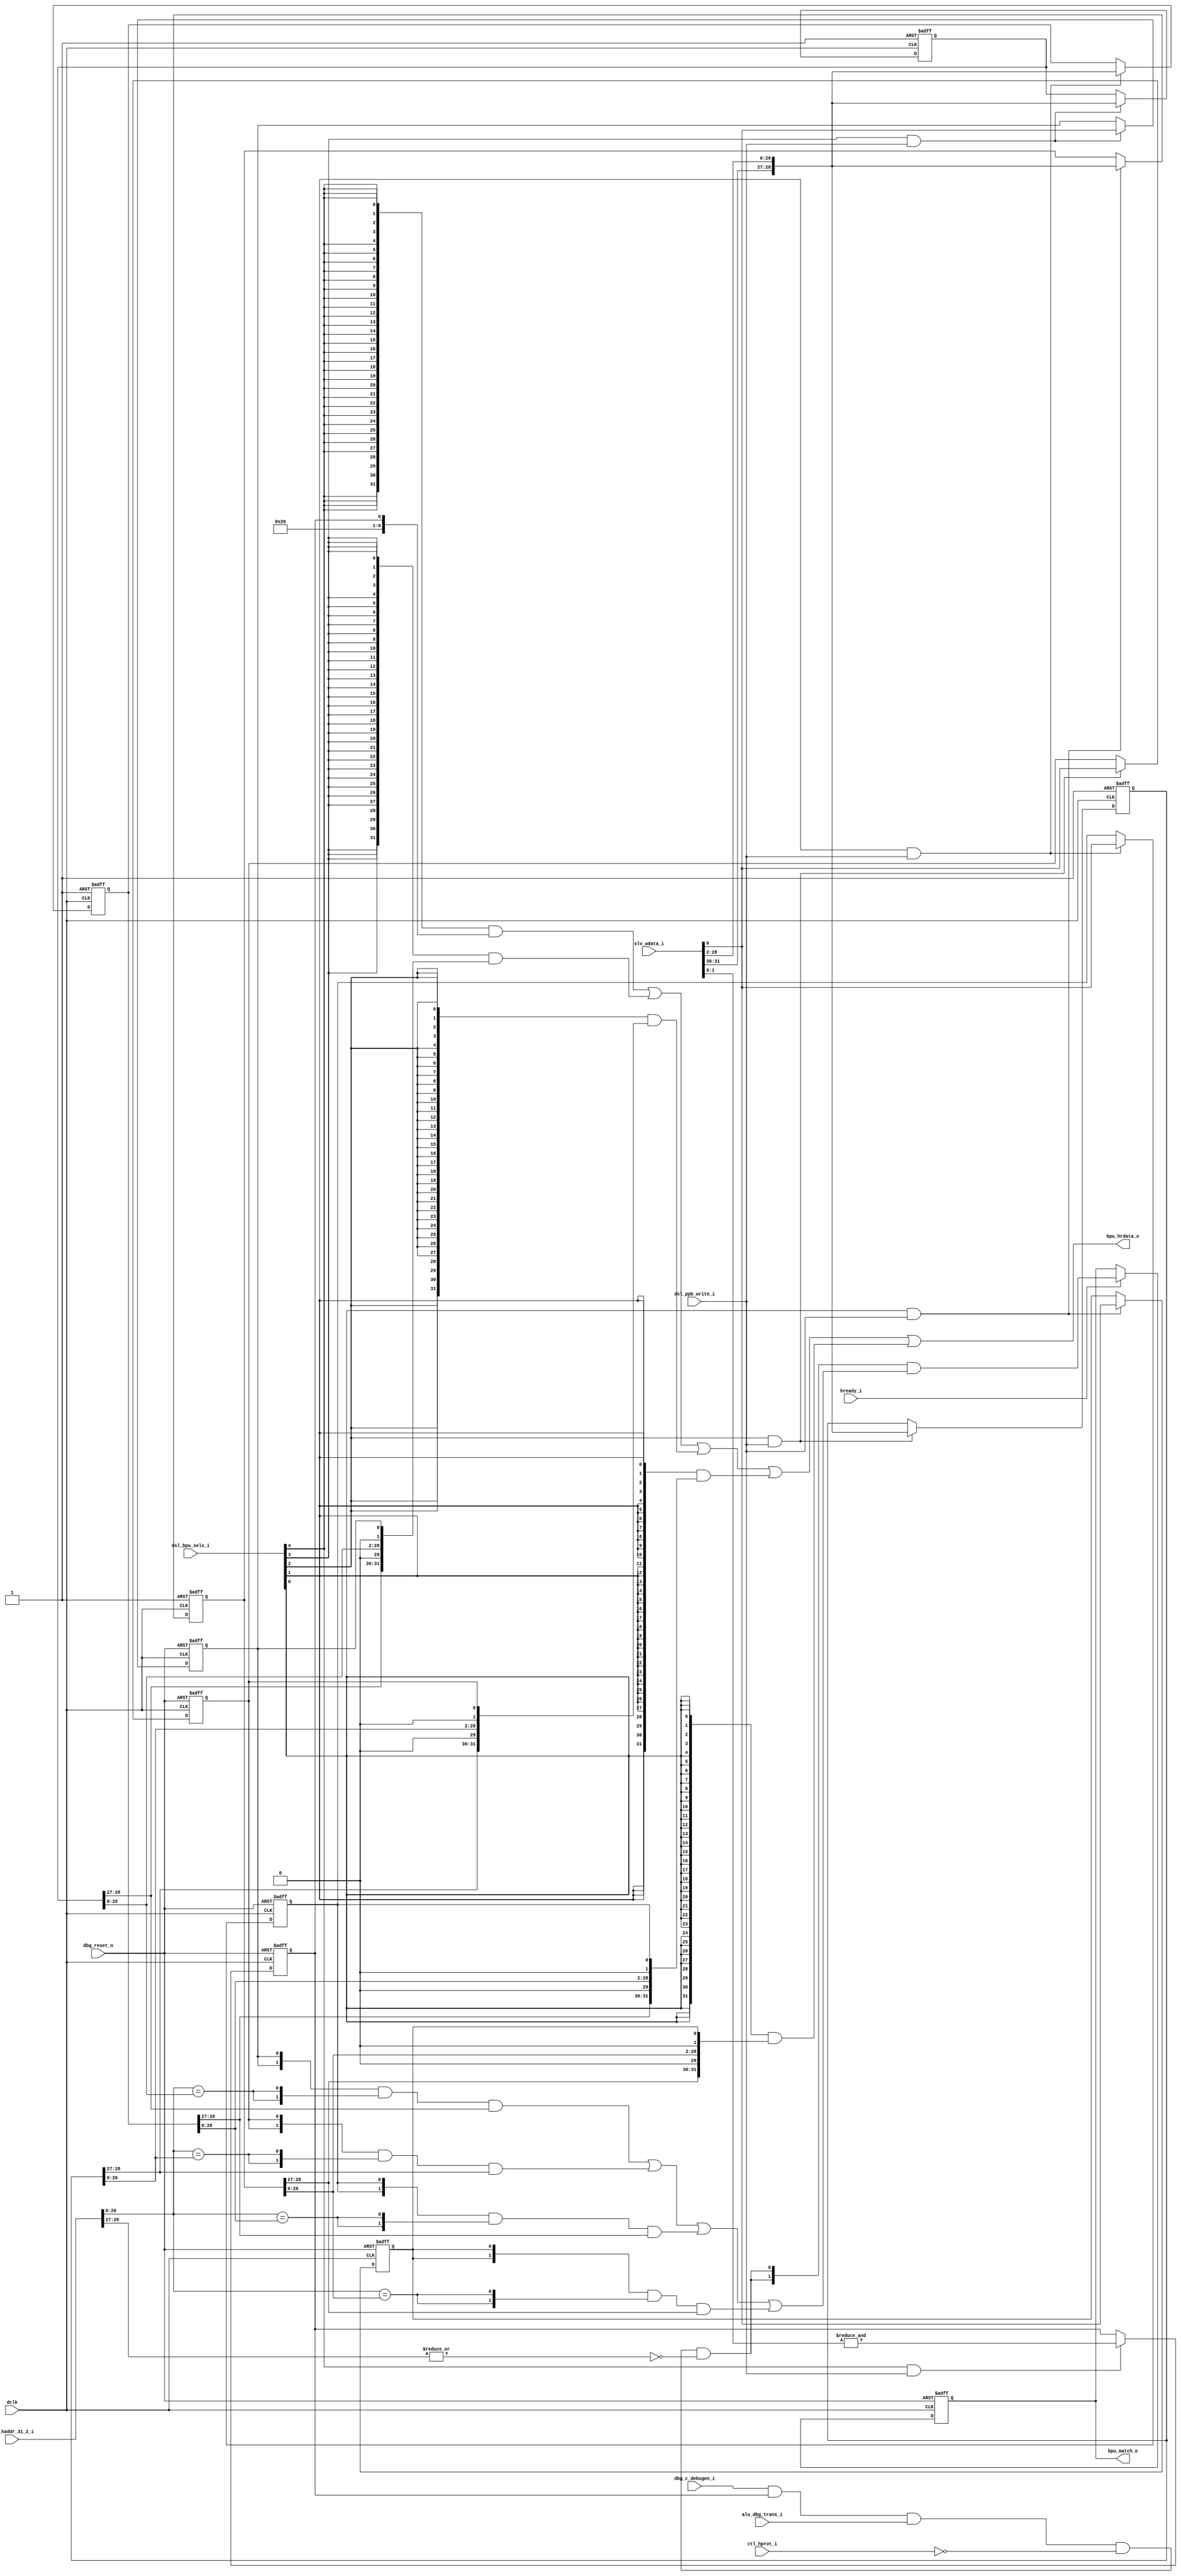
//-----------------------------------------------------------------------------
// The confidential and proprietary information contained in this file may
// only be used by a person authorised under and to the extent permitted
// by a subsisting licensing agreement from ARM Limited.
//
//            (C) COPYRIGHT 2008-2009 ARM Limited.
//                ALL RIGHTS RESERVED
//
// This entire notice must be reproduced on all copies of this file
// and copies of this file may only be made by a person if such person is
// permitted to do so under the terms of a subsisting license agreement
// from ARM Limited.
//
//      SVN Information
//
//      Checked In          : $Date: 2009-02-19 17:03:29 +0000 (Thu, 19 Feb 2009) $
//
//      Revision            : $Revision: 101513 $
//
//      Release Information : Cortex-M0-AT510-r0p0-00rel0
//-----------------------------------------------------------------------------

//-----------------------------------------------------------------------------
// CORTEX-M0 DEBUG BREAKPOINT UNIT
//-----------------------------------------------------------------------------

module cm0_dbg_bpu
  #(parameter CBAW = 0,
    parameter BKPT = 4,
    parameter DBG  = 1,
    parameter RAR  = 0)

   (input  wire        dclk,              // debug clock
    input  wire        dbg_reset_n,       // debug reset

    output wire [31:0] bpu_hrdata_o,      // breakpoint register read-data
    output wire [ 1:0] bpu_match_o,       // breakpoint half-word match

    input  wire        hready_i,          // AHB ready / core advance

    input  wire [29:0] alu_haddr_31_2_i,  // fetch address to match against
    input  wire        alu_dbg_trans_i,   // core is performing a transaction
    input  wire        ctl_hprot_i,       // transaction is a fetch if == 0
    input  wire        dbg_c_debugen_i,   // debug is enabled
    input  wire [ 4:0] dsl_bpu_sels_i,    // breakpoint register selects
    input  wire        dsl_ppb_write_i,   // register select is for write
    input  wire [31:0] slv_wdata_i);      // register write-data

   // ------------------------------------------------------------
   // Configurability
   // ------------------------------------------------------------

   // attempting to configure greater than four comparators will
   // result in only four comparators being generated;
   // if debug is absent, none will be implemented

   wire        cfg_dbg    = (CBAW == 0) ? (DBG != 0) : 1'bZ;

   wire [ 3:0] cfg_bkpt   = (CBAW == 0) ? { BKPT > 3,
                                            BKPT > 2,
                                            BKPT > 1,
                                            BKPT > 0 } : 4'bZ;

   wire [ 3:0] cfg_bkpt_m = cfg_bkpt & {4{cfg_dbg}};

   wire        cfg_rar    = (CBAW == 0) ? (RAR != 0) : 1'bZ;

   // ------------------------------------------------------------
   // Local execute control register state
   // ------------------------------------------------------------

   reg         bpu_comp0_en_r;  // comparator 0 enable
   reg         bpu_comp1_en_r;  // comparator 1 enable
   reg         bpu_comp2_en_r;  // comparator 2 enable
   reg         bpu_comp3_en_r;  // comparator 3 enable

   reg  [28:0] bpu_comp0_r;     // comparator 0 value
   reg  [28:0] bpu_comp1_r;     // comparator 1 value
   reg  [28:0] bpu_comp2_r;     // comparator 2 value
   reg  [28:0] bpu_comp3_r;     // comparator 3 value

   reg         bpu_en_r;        // master enable
   reg  [ 1:0] bpu_match;       // match flags

   // ------------------------------------------------------------
   // Local wires
   // ------------------------------------------------------------

   wire [31:0] bpu_comp0, bpu_comp1, bpu_comp2, bpu_comp3;
   wire [31:0] bpu_ctrl;
   wire        bpu_en;

   // ------------------------------------------------------------
   // Mask inputs based upon configuration
   // ------------------------------------------------------------

   wire        c_debugen       = cfg_bkpt_m[0] ? dbg_c_debugen_i  :  1'b0;
   wire        alu_dbg_trans   = cfg_bkpt_m[0] ? alu_dbg_trans_i  :  1'b0;
   wire        ctl_hprot       = cfg_bkpt_m[0] ? ctl_hprot_i      :  1'b0;
   wire [29:0] alu_haddr_31_2  = cfg_bkpt_m[0] ? alu_haddr_31_2_i : 30'b0;
   wire        hready          = cfg_bkpt_m[0] ? hready_i         :  1'b0;
   wire        ppb_write       = cfg_bkpt_m[0] ? dsl_ppb_write_i  :  1'b0;
   wire [ 4:0] bpu_sels        = cfg_bkpt_m[0] ? dsl_bpu_sels_i   :  5'b0;
   wire [31:0] slv_wdata       = cfg_bkpt_m[0] ? slv_wdata_i      : 32'b0;

   // ------------------------------------------------------------
   // Generate extra reset signal for reset-all-registers config
   // ------------------------------------------------------------

   wire        rar_reset_n     = cfg_rar ? dbg_reset_n : 1'b1;

   // ------------------------------------------------------------
   // Breakpoint comparator function
   // ------------------------------------------------------------

   wire [31:0] alu_haddr = {alu_haddr_31_2, 2'b00};

   // [1] = match on upper-half-word
   // [0] = match on lower-half-word

   function [1:0] bp_comp;
      input        imp;
      input [31:0] addr;
      input [31:0] comp;
      reg   [ 1:0] i_comp;
      begin
        i_comp  = ( {2{comp[0]}} &                  // enabled
                    {2{addr[28:2] == comp[28:2]}} & // matches
                    comp[31:30] );                  // function
        bp_comp = imp ? i_comp : 2'b00;             // implemented
      end
   endfunction // bp_comp

   // ------------------------------------------------------------
   // Instantiate comparators and hit register logic
   // ------------------------------------------------------------

   wire        match_en = ( c_debugen & bpu_en & alu_dbg_trans &
                            ~ctl_hprot & ~(|alu_haddr[31:29]) );

   wire [ 1:0] match_0  = bp_comp(cfg_bkpt_m[0],alu_haddr,bpu_comp0);
   wire [ 1:0] match_1  = bp_comp(cfg_bkpt_m[1],alu_haddr,bpu_comp1);
   wire [ 1:0] match_2  = bp_comp(cfg_bkpt_m[2],alu_haddr,bpu_comp2);
   wire [ 1:0] match_3  = bp_comp(cfg_bkpt_m[3],alu_haddr,bpu_comp3);

   wire [ 1:0] match_n  = match_0 | match_1 | match_2 | match_3;

   wire [ 1:0] nxt_bpu_match = {2{match_en}} & match_n;

   always @(posedge dclk or negedge dbg_reset_n)
     if(~dbg_reset_n)
       bpu_match <= 2'b00;
     else if (cfg_bkpt_m[0] ? hready : 1'b0)
       bpu_match <= nxt_bpu_match;

   // ------------------------------------------------------------
   // peripheral bus write interface logic
   // ------------------------------------------------------------

   wire        ppb_bpu_ctrl_wr  = bpu_sels[4] & ppb_write;
   wire        ppb_bpu_comp0_wr = bpu_sels[3] & ppb_write;
   wire        ppb_bpu_comp1_wr = bpu_sels[2] & ppb_write;
   wire        ppb_bpu_comp2_wr = bpu_sels[1] & ppb_write;
   wire        ppb_bpu_comp3_wr = bpu_sels[0] & ppb_write;

   wire [28:0] bpu_comp_nxt = {slv_wdata[31:30],slv_wdata[28:2]};

   // ------------------------------------------------------------
   // Synchronous update logic
   // ------------------------------------------------------------

   // comparator 0

   always @(posedge dclk or negedge rar_reset_n)
     if(~rar_reset_n)
       bpu_comp0_r <= {29{1'b1}};
     else if(ppb_bpu_comp0_wr & cfg_bkpt_m[0])
       bpu_comp0_r <= bpu_comp_nxt;

   always @(posedge dclk or negedge dbg_reset_n)
     if(~dbg_reset_n)
       bpu_comp0_en_r <= 1'b0;
     else if (cfg_bkpt_m[0] ? ppb_bpu_comp0_wr : 1'b0)
       bpu_comp0_en_r <= slv_wdata[0];

   // comparator 1

   always @(posedge dclk or negedge rar_reset_n)
     if(~rar_reset_n)
       bpu_comp1_r <= {29{1'b1}};
     else if(cfg_bkpt_m[1] ? ppb_bpu_comp1_wr : 1'b0)
       bpu_comp1_r <= bpu_comp_nxt;

   always @(posedge dclk or negedge dbg_reset_n)
     if(~dbg_reset_n)
       bpu_comp1_en_r <= 1'b0;
     else if (cfg_bkpt_m[1] ? ppb_bpu_comp1_wr : 1'b0)
       bpu_comp1_en_r <= slv_wdata[0];

   // comparator 2

   always @(posedge dclk or negedge rar_reset_n)
     if(~rar_reset_n)
       bpu_comp2_r <= {29{1'b1}};
     else if(cfg_bkpt_m[2] ? ppb_bpu_comp2_wr : 1'b0)
       bpu_comp2_r <= bpu_comp_nxt;

   always @(posedge dclk or negedge dbg_reset_n)
     if(~dbg_reset_n)
       bpu_comp2_en_r <= 1'b0;
     else if (cfg_bkpt_m[2] ? ppb_bpu_comp2_wr : 1'b0)
       bpu_comp2_en_r <= slv_wdata[0];

   // comparator 3

   always @(posedge dclk or negedge rar_reset_n)
     if(~rar_reset_n)
       bpu_comp3_r <= {29{1'b1}};
     else if(cfg_bkpt_m[3] ? ppb_bpu_comp3_wr : 1'b0)
       bpu_comp3_r <= bpu_comp_nxt;

   always @(posedge dclk or negedge dbg_reset_n)
     if(~dbg_reset_n)
       bpu_comp3_en_r <= 1'b0;
     else if (cfg_bkpt_m[3] ? ppb_bpu_comp3_wr : 1'b0)
       bpu_comp3_en_r <= slv_wdata[0];

   // breakpoint unit control

   always @(posedge dclk or negedge dbg_reset_n)
     if(~dbg_reset_n)
       bpu_en_r <= 1'b0;
     else if (cfg_bkpt_m[0] ? ppb_bpu_ctrl_wr : 1'b0)
       bpu_en_r <= &(slv_wdata[1:0]);

   // ------------------------------------------------------------
   // Peripheral bus read interface logic
   // ------------------------------------------------------------

   // Configurability & read values

   wire [ 2:0] num_comp  = ( {3{cfg_bkpt_m[3]   == 1'b1}}  & 3'b100 |
                             {3{cfg_bkpt_m[3:2] == 2'b01}} & 3'b011 |
                             {3{cfg_bkpt_m[2:1] == 2'b01}} & 3'b010 |
                             {3{cfg_bkpt_m[1:0] == 2'b01}} & 3'b001 );

   wire [ 3:0] num_code  = {1'b0, num_comp};

   assign      bpu_en    = cfg_bkpt_m[0] ?  bpu_en_r : 1'b0;

   assign      bpu_ctrl  = { {24{1'b0}},           // 31: 8 Reserved
                             num_code,             //  7: 4 NUM_CODE
                             {2{1'b0}},            //  3: 2 Reserved
                             1'b0,                 //     1 KEY (RAZ)
                             bpu_en };             //     0 ENABLE

   assign      bpu_comp0 = ( cfg_bkpt_m[0] ?
                             { bpu_comp0_r[28:27], // 31:30 BP_MATCH
                               1'b0,               //    29 Reserved
                               bpu_comp0_r[26:0],  // 28: 2 COMP
                               1'b0,               //     1 Reserved
                               bpu_comp0_en_r }    //     0 ENABLE
                             : 32'b0 );

   assign      bpu_comp1 = ( cfg_bkpt_m[1] ?
                             { bpu_comp1_r[28:27], // 31:30 BP_MATCH
                               1'b0,               //    29 Reserved
                               bpu_comp1_r[26:0],  // 28: 2 COMP
                               1'b0,               //     1 Reserved
                               bpu_comp1_en_r }    //     0 ENABLE
                             : 32'b0 );

   assign      bpu_comp2 = ( cfg_bkpt_m[2] ?
                             { bpu_comp2_r[28:27], // 31:30 BP_MATCH
                               1'b0,               //    29 Reserved
                               bpu_comp2_r[26:0],  // 28: 2 COMP
                               1'b0,               //     1 Reserved
                               bpu_comp2_en_r }    //     0 ENABLE
                             : 32'b0 );

   assign      bpu_comp3 = ( cfg_bkpt_m[3] ?
                             { bpu_comp3_r[28:27], // 31:30 BP_MATCH
                               1'b0,               //    29 Reserved
                               bpu_comp3_r[26:0],  // 28: 2 COMP
                               1'b0,               //     1 Reserved
                               bpu_comp3_en_r }    //     0 ENABLE
                             : 32'b0 );

   // ------------------------------------------------------------
   // Read data mux
   // ------------------------------------------------------------

   wire [31:0] hrdata   = ( {32{bpu_sels[4]}} & bpu_ctrl  |
                            {32{bpu_sels[3]}} & bpu_comp0 |
                            {32{bpu_sels[2]}} & bpu_comp1 |
                            {32{bpu_sels[1]}} & bpu_comp2 |
                            {32{bpu_sels[0]}} & bpu_comp3 );

   // ------------------------------------------------------------
   // Assign outputs
   // ------------------------------------------------------------

   assign      bpu_match_o  = cfg_bkpt_m[0] ? bpu_match : 2'b0;
   assign      bpu_hrdata_o = cfg_bkpt_m[0] ? hrdata    : 32'b0;

   // ------------------------------------------------------------

`ifdef ARM_ASSERT_ON
   // ------------------------------------------------------------
   // Assertions
   // ------------------------------------------------------------

`include "std_ovl_defines.h"

   // register enable X check
   assert_never_unknown
     #(`OVL_FATAL,6,`OVL_ASSERT,"Register enables must never be X")
       u_asrt_reg_en_x
         (.clk       (dclk),
          .reset_n   (dbg_reset_n),
          .qualifier (1'b1),
          .test_expr ({ hready,
                        ppb_bpu_comp0_wr,
                        ppb_bpu_comp1_wr,
                        ppb_bpu_comp2_wr,
                        ppb_bpu_comp3_wr,
                        ppb_bpu_ctrl_wr }));

   // Parameterisable configuration check
   assert_never_unknown
     #(`OVL_FATAL,1,`OVL_ASSERT,"DBG config unknown")
   u_asrt_cfg_dbg
     ( .clk(dclk), .reset_n(1'b1), .qualifier(1'b1),
       .test_expr(cfg_dbg) );

   assert_never_unknown
     #(`OVL_FATAL,4,`OVL_ASSERT,"BKPT config unknown")
   u_asrt_cfg_bkpt
     ( .clk(dclk), .reset_n(1'b1), .qualifier(1'b1),
       .test_expr(cfg_bkpt) );

`endif

endmodule // cm0_dbg_bpu

//-----------------------------------------------------------------------------
// EOF
//-----------------------------------------------------------------------------